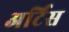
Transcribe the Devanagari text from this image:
अर्टिस